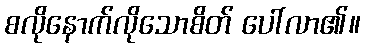
စလိုနောက်လိုသောစိတ် ပေါ်လာ၏။